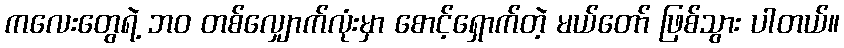
ကလေးတွေရဲ့ ဘဝ တစ်လျှောက်လုံးမှာ စောင့်ရှောက်တဲ့ မယ်တော် ဖြစ်သွား ပါတယ်။